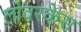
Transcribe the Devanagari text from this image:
लोवरकेस